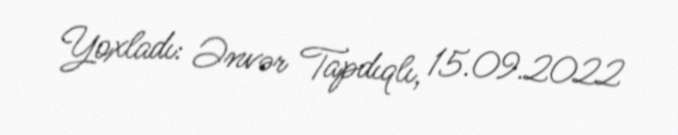
Yoxladı: Ənvər Tapdıqlı, 15.09.2022